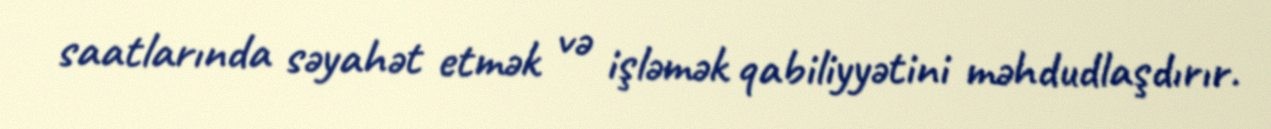
saatlarında səyahət etmək və işləmək qabiliyyətini məhdudlaşdırır.